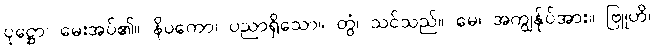
ပုဋ္ဌော၊ မေးအပ်၏။ နိပကော၊ ပညာရှိသော။ တွံ၊ သင်သည်။ မေ၊ အကျွန်ုပ်အား။ ဗြူဟိ၊